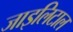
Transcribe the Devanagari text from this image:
जाइलिटाल